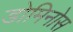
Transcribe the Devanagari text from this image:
डोमिनोस